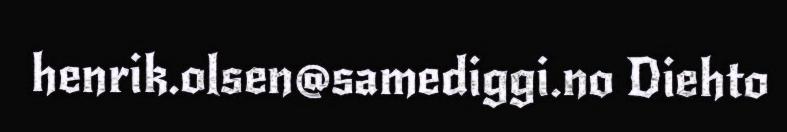
henrik.olsen@samediggi.no Diehto